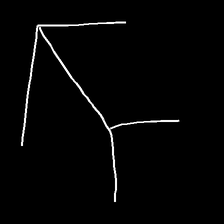
Glyph: gather